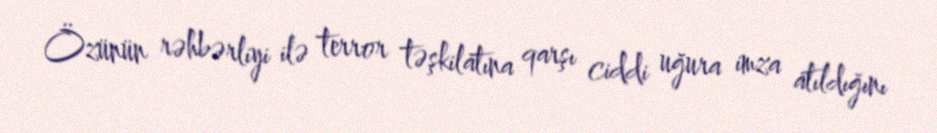
Özünün rəhbərliyi ilə terror təşkilatına qarşı ciddi uğura imza atıldığını